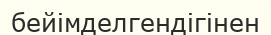
бейімделгендігінен